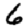
Digit: 6